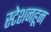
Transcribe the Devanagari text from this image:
स्टेशनहून